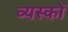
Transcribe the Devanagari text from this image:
व्‍यस्‍कों